Vaccine operations Central Provinces 1900-1911 - 1900-1911
Year: 1900
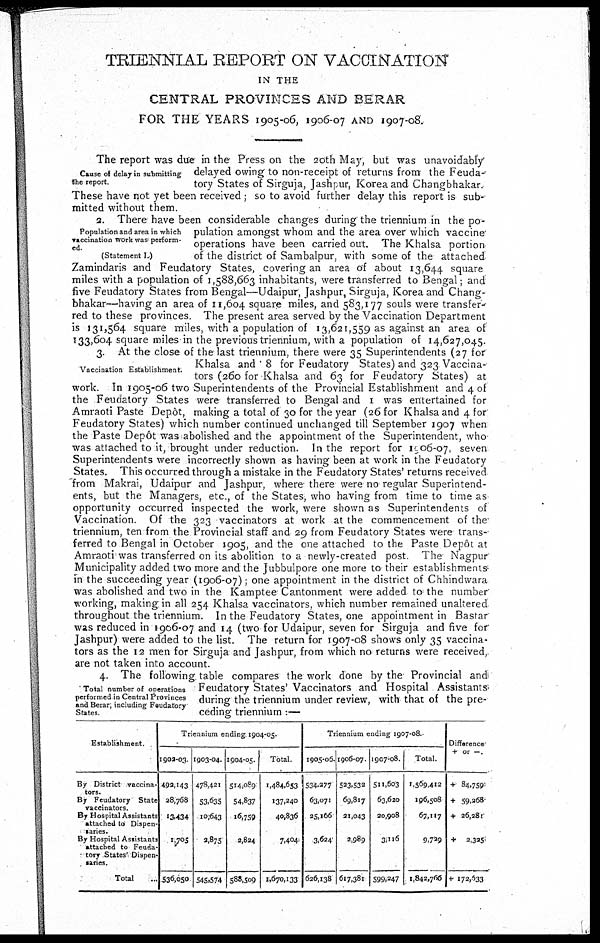
TRIENNIAL REPORT ON VACCINATION
IN THE
CENTRAL PROVINCES AND BERAR
FOR THE YEARS 1905-06, 1906-07 AND 1907-08.
Cause of delay in submitting
the report.
The report was due in the Press on the 20th May, but was unavoidably
delayed owing to non-receipt of returns from the Feuda-
tory States of Sirguja, Jashpur, Korea and Changbhakar
These have not yet been received ; so to avoid further delay this report is sub-
mitted without them.
Population and area in which
vaccination work was perform-
ed
(Statement I.)
2. There have been considerable changes during the triennium in the po-
pulation amongst whom and the area over which vaccine
operations have been carried out. The Khalsa portion
of the district of Sambalpur, with some of the attached
Zamindaris and Feudatory States, covering an area of about 13,644 square
miles with a population of 1,588,663 inhabitants, were transferred to Bengal, and
five Feudatory States from Bengal—Udaipur, Jashpur, Sirguja, Korea and Chang¬
bhakar—having an area of 11,604 square miles, and 583,177 souls were transfer¬
red to these provinces The present area served by the Vaccination Department
is 131,564 square miles, with a population of 13,621,559 as against an area of
133,604 square miles in the previous triennium, with a population of 14,627,045.
Vaccination Establishment.
3. At the close of the last triennium, there were 35 Superintendents (27 for
Khalsa and 8 for Feudatory States) and 323 Vaccina-
tors (260 for Khalsa and 63 for Feudatory States) at
work. In 1905-06 two Superintendents of the Provincial Establishment and 4 of
the Feudatory States were transferred to Bengal and I was entertained for
Amraoti Paste Depôt, making a total of 30 for the year (26 for Khalsa and 4 for
Feudatory States) which number continued unchanged till September 1907 when
the Paste Depôt was abolished and the appointment of the Superintendent, who
was attached to it, brought under reduction. In the report for 1906-07, seven
Superintendents were incorrectly shown as having been at work in the Feudatory
States. This occurred through a mistake in the Feudatory States' returns received
from Makrai, Udaipur and Jashpur, where there were no regular Superintend-
ents, but the Managers, etc , of the States, who having from time to time as
opportunity occurred inspected the work, were shown as Superintendents of
Vaccination. Of the 323 vaccinators at work at the commencement of the
triennium, ten from the Provincial staff and 29 from Feudatory States were trans-
ferred to Bengal in October 1905, and the one attached to the Paste Depôt at
Amraoti was transferred on its abolition to a newly-created post. The Nagpur
Municipality added two more and the Jubbulpore one more to their establishments
in the succeeding year (1906-07); one appointment in the district of Chhindwara
was abolished and two in the Kamptee Cantonment were added to the number
working, making in all 254 Khalsa vaccinators, which number remained unaltered
throughout the triennium. In the Feudatory States, one appointment in Bastar
was reduced in 1906-07 and 14 (two for Udaipur, seven for Sirguja and five for
Jashpur) were added to the list. The return for 1907-08 shows only 35 vaccina-
tors as the 12 men for Sirguja and Jashpur, from which no returns were received,
are not taken into account.
Total number of operations
performed in Central Provinces
and Berar, including Feudatory
States.
4. The following table compares the work done by the Provincial and
Feudatory States' Vaccinators and Hospital Assistants
during the triennium under review, with that of the pre-
ceding triennium :—
Establishment.
By District vaccina-
tors.
By Feudatory State
vaccinators.
By Hospital Assistants
attached to Dispen-
saries.
By Hospital Assistants
attached to Feuda-
tory States Dispen-
saries.
Total
Triennium ending 1904-05.
1902-03
492,143
28,768
13,434
1, 705
536,050
1903-04.
478,421
53,635
10,643
2,875
545,574
1904-05.
514,089
54,837
16,759
2,824
588,509
Total.
1,484,653
137,240
40,836
7,404
1,670,133
Triennium ending 1907-08
1905-06.
534,277
63,071
25,166
3,624
626,138
1906-07.
523,532
69,817
21,043
2,989
617,381
1907-08.
511,603
63,620
20,908
3,116
599,247
Total.
1,569,412
196,508
67,117
9,729
1,842,766
Difference
+ or -.
+ 84,759
+ 59,268
+ 26,281
+ 2,325
+ 172,533